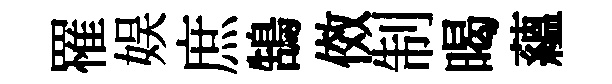
罹娱庶鵠傚制暍藴